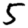
Digit: 5